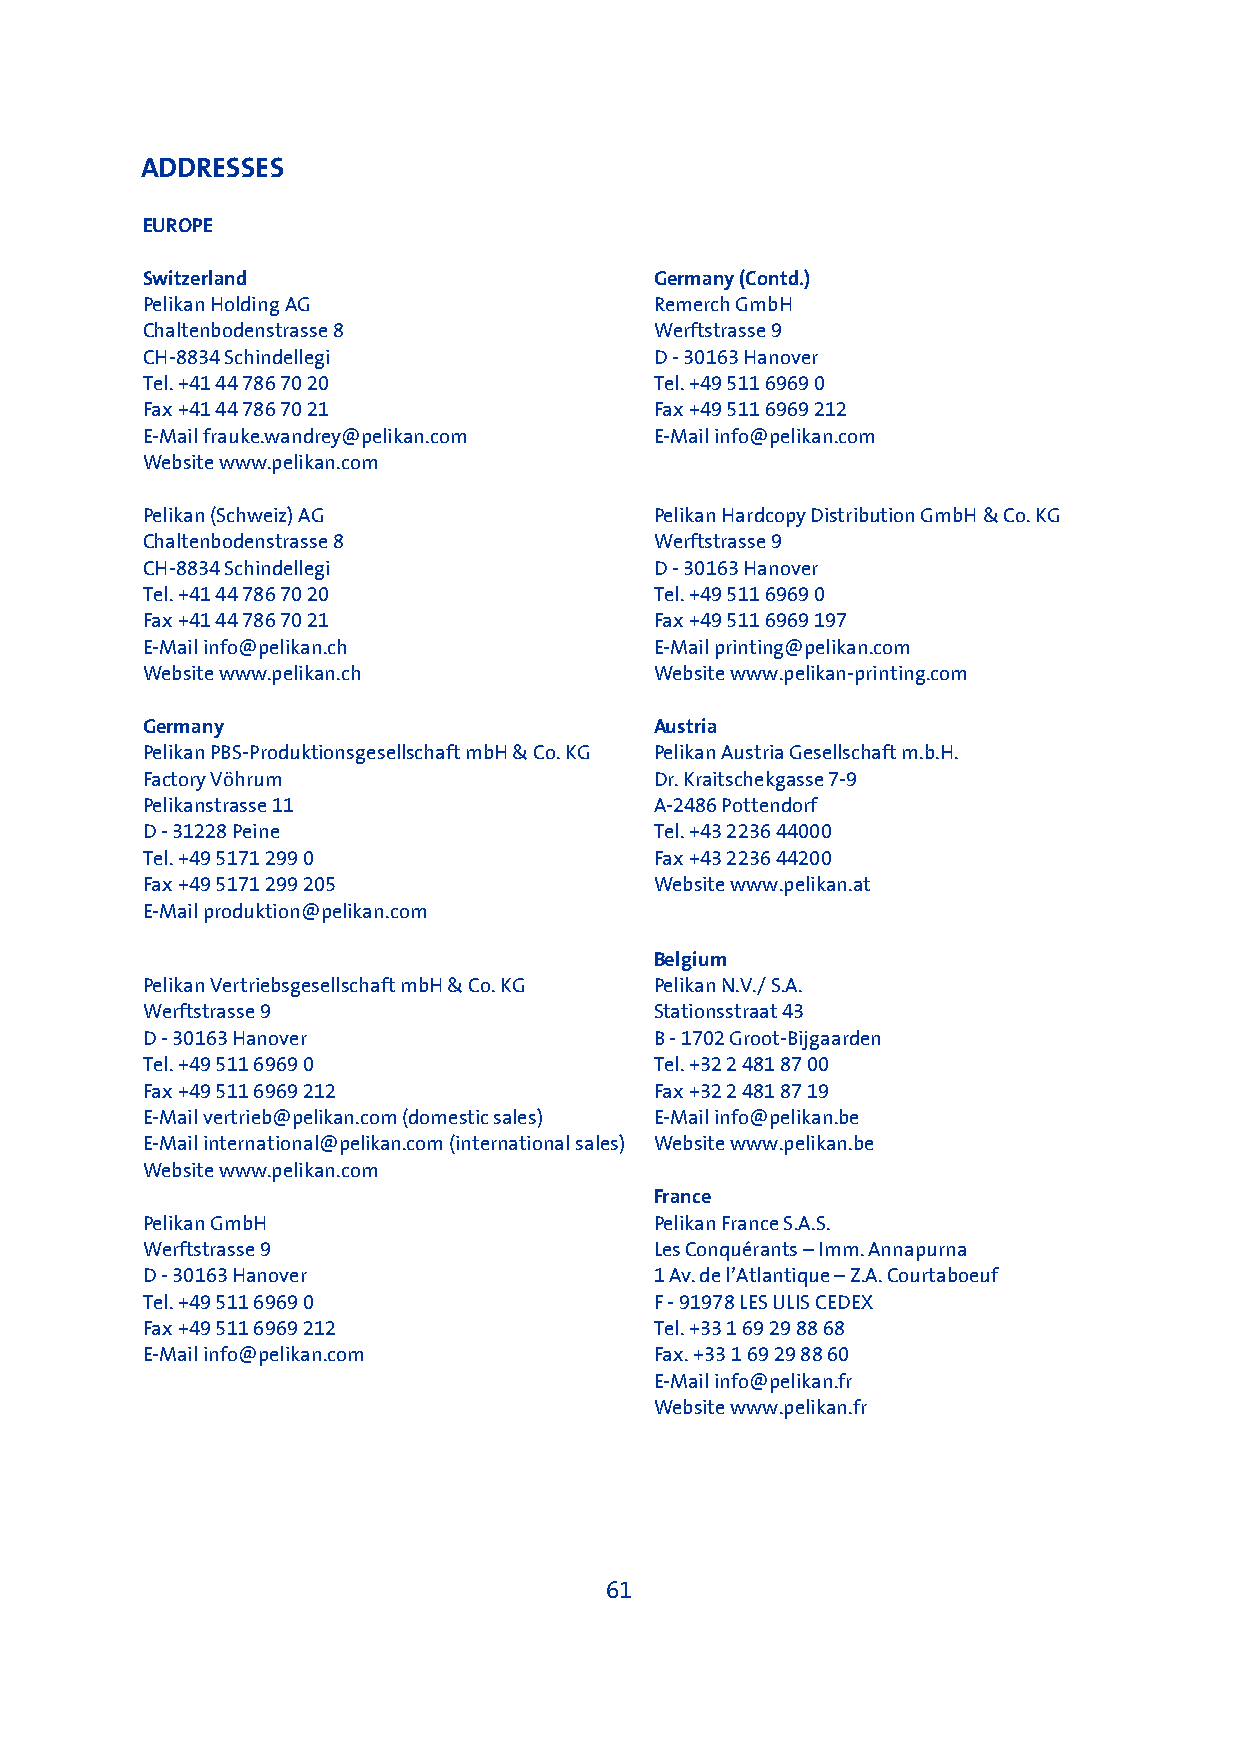
ADDRESSES
 EUROPE
 Switzerland                       Germany (Contd.)
 Pelikan Holding AG                Remerch GmbH
 Chaltenbodenstrasse 8             Werftstrasse 9
 CH-8834 Schindellegi              D - 30163 Hanover
 Tel. +41 44 786 70 20             Tel. +49 511 6969 0
 Fax +41 44 786 70 21              Fax +49 511 6969 212
 E-Mail frauke.wandrey@pelikan.com E-Mail info@pelikan.com
 Website www.pelikan.com
 Pelikan (Schweiz) AG              Pelikan Hardcopy Distribution GmbH & Co. KG
 Chaltenbodenstrasse 8             Werftstrasse 9
 CH-8834 Schindellegi              D - 30163 Hanover
 Tel. +41 44 786 70 20             Tel. +49 511 6969 0
 Fax +41 44 786 70 21              Fax +49 511 6969 197
 E-Mail info@pelikan.ch            E-Mail printing@pelikan.com
 Website www.pelikan.ch            Website www.pelikan-printing.com
 Germany                           Austria
 Pelikan PBS-Produktionsgesellschaft mbH & Co. KG Pelikan Austria Gesellschaft m.b.H.
 Factory Vöhrum                    Dr. Kraitschekgasse 7-9
 Pelikanstrasse 11                 A-2486 Pottendorf
 D - 31228 Peine                   Tel. +43 2236 44000
 Tel. +49 5171 299 0               Fax +43 2236 44200
 Fax +49 5171 299 205              Website www.pelikan.at
 E-Mail produktion@pelikan.com
 Belgium
 Pelikan Vertriebsgesellschaft mbH & Co. KG Pelikan N.V./ S.A.
 Werftstrasse 9                    Stationsstraat 43
 D - 30163 Hanover                 B - 1702 Groot-Bijgaarden
 Tel. +49 511 6969 0               Tel. +32 2 481 87 00
 Fax +49 511 6969 212              Fax +32 2 481 87 19
 E-Mail vertrieb@pelikan.com (domestic sales) E-Mail info@pelikan.be
 E-Mail international@pelikan.com (international sales) Website www.pelikan.be
 Website www.pelikan.com
 France
 Pelikan GmbH                      Pelikan France S.A.S.
 Werftstrasse 9                    Les Conquérants – Imm. Annapurna
 D - 30163 Hanover                 1 Av. de l’Atlantique – Z.A. Courtaboeuf
 Tel. +49 511 6969 0               F - 91978 LES ULIS CEDEX
 Fax +49 511 6969 212              Tel. +33 1 69 29 88 68
 E-Mail info@pelikan.com           Fax. +33 1 69 29 88 60
 E-Mail info@pelikan.fr
 Website www.pelikan.fr
 61